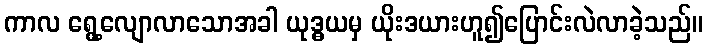
ကာလ ရွေ့လျောလာသောအခါ ယုဒ္ဓယမှ ယိုးဒယားဟူ၍ပြောင်းလဲလာခဲ့သည်။